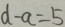
d - a = 5